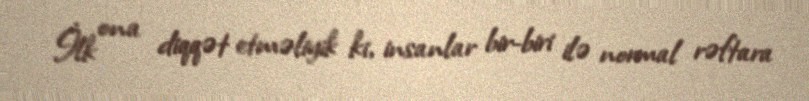
İlk ona diqqət etməliyik ki, insanlar bir-biri ilə normal rəftara